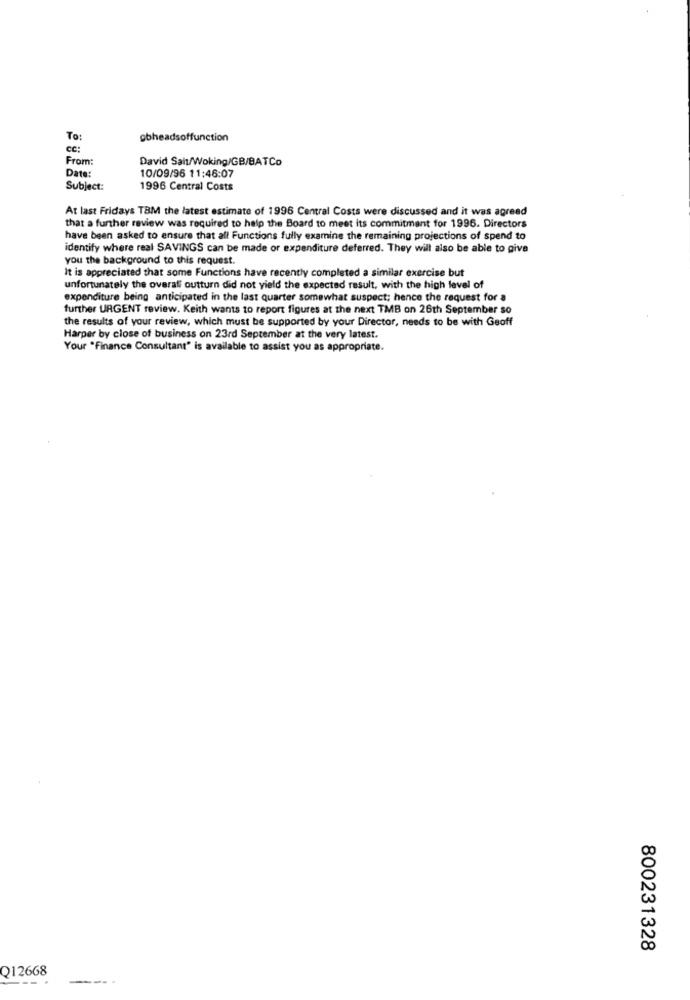
To:
gbheadsoffunction
cc:
From:
David Salt/Woking/GB/BATCo
Date:
10/09/96 11:46:07
Subject:
1996 Central Costs
At last Fridays TBM the latest estimate of 1996 Central Costs were discussed and it was agreed
that a further review was required to help the Board to meet its commitment for 1996. Directors
have been asked to ensure that all Functions fully examine the remaining projections of spend to
identify where real SAVINGS can be made or expenditure deferred. They will also be able to give
you the background to this request.
It is appreciated that some Functions have recently completed a similar exercise but
unfortunately the overall outturn did not yield the expected result, with the high level of
expenditure being anticipated in the last quarter somewhat suspect; hence the request for a
further URGENT review. Keith wants to report figures at the next TMB on 26th September so
the results of your review, which must be supported by your Director, needs to be with Geoff
Harper by close of business on 23rd September at the very latest.
Your "Finance Consultant" is available to assist you as appropriate.
800231328
Q12668
---
--..